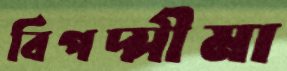
বিপদ্‌সীমা